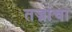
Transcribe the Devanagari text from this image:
तज्नांचा